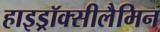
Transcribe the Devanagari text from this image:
हाइड्रॉक्सीलैमिन